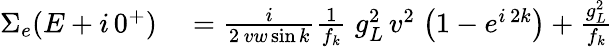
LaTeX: \begin{array}{rl}{\Sigma_{e}(E+i\, 0^{+})}&{{}=\frac{i}{2\, vw\sin{k}}\frac{1}{f_{k}}\; g_{L}^{2}\, v^{2}\; \big(1-e^{i\, 2k}\big)+\frac{g_{L}^{2}}{f_{k}}}\end{array}